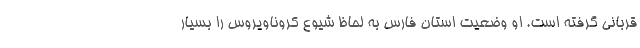
قربانی گرفته است. او وضعیت استان فارس به لحاظ شیوع کروناویروس را بسیار